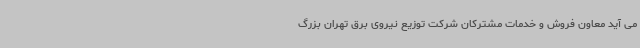
می آید معاون فروش و خدمات مشترکان شرکت توزیع نیروی برق تهران بزرگ